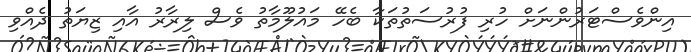
އިންވެސްޓަރުންނަށް ހުރި ފުރުސަތުތަކާ ބެހޭ މައުލޫމާތު ވެސް ލިރާރު އާއި ޒިޔަތު ދެއްވި